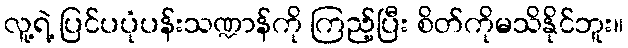
လူ့ရဲ့ ပြင်ပပုံပန်းသဏ္ဍာန်ကို ကြည့်ပြီး စိတ်ကိုမသိနိုင်ဘူး။